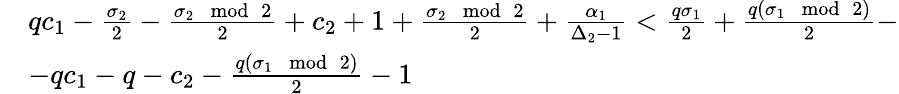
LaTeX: \begin{array}{rl}&{qc_{1}-\frac{\sigma_{2}}{2}-\frac{\sigma_{2}\mod 2}{2}+c_{2}+1+\frac{\sigma_{2}\mod 2}{2}+\frac{\alpha_{1}}{\Delta_{2}-1}<\frac{q\sigma_{1}}{2}+\frac{q(\sigma_{1}\mod 2)}{2}-}\\ &{-qc_{1}-q-c_{2}-\frac{q(\sigma_{1}\mod 2)}{2}-1}\end{array}